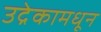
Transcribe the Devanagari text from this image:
उद्रेकामधून